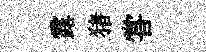
露猪甞